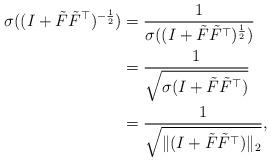
LaTeX: \begin{align*}\sigma_{}((I+\tilde{F}\tilde{F}^\top)^{-\frac{1}{2}}) &= \frac{1}{\sigma_{}((I+\tilde{F}\tilde{F}^\top)^{\frac{1}{2}})} \\&= \frac{1}{\sqrt{ \sigma_{}(I+\tilde{F}\tilde{F}^\top) }} \\&= \frac{1}{\sqrt{ \lVert(I+\tilde{F}\tilde{F}^\top)\rVert_2 }},\end{align*}